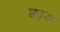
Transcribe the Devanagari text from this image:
क्वाय